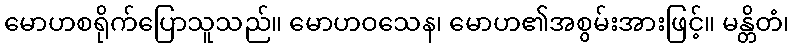
မောဟစရိုက်ပြောသူသည်။ မောဟဝသေန၊ မောဟ၏အစွမ်းအားဖြင့်။ မန္တိတံ၊